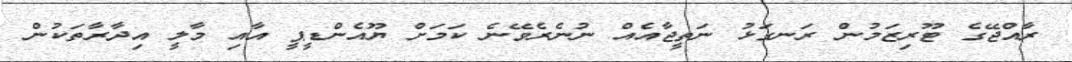
ރާއްޖޭގެ ޓޫރިޒަމުން ރަނގަޅު ނަތީޖާއެއް ނުނެރެވޭނެ ކަމަށް ޔޫއެންޑީޕީ އާއި މާލީ އިދާރާތަކުން